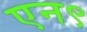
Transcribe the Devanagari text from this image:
एन९